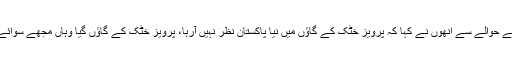
کے پی میں صوبائی حکومت کے حوالے سے انھوں نے کہا کہ پرویز خٹک کے گاؤں میں نیا پاکستان نظر نہیں آرہا، پرویز خٹک کے گاؤں گیا وہاں مجھے سوائے کچرے کے کچھ نظر نہیں آیا۔